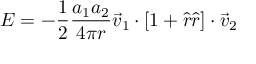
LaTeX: E = - { \frac { 1 } { 2 } } { \frac { a _ { 1 } a _ { 2 } } { 4 \pi r } } { \vec { v } } _ { 1 } \cdot \left[ 1 + { \hat { r } } { \hat { r } } \right] \cdot { \vec { v } } _ { 2 }